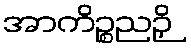
အာကိဉ္စညဉှိ